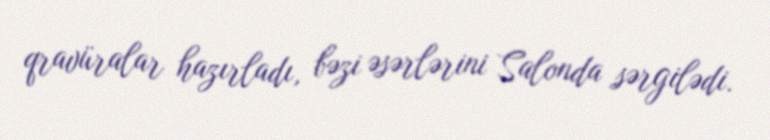
qravüralar hazırladı, bəzi əsərlərini Salonda sərgilədi.